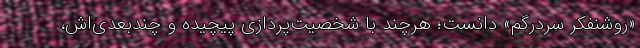
«روشنفکر سردرگم» دانست؛ هرچند با شخصیت‌پردازی پیچیده و چندبعدی‌اش،